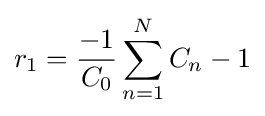
r_{1}={\frac {-1}{C_{0}}}\sum _{n=1}^{N}C_{n}-1